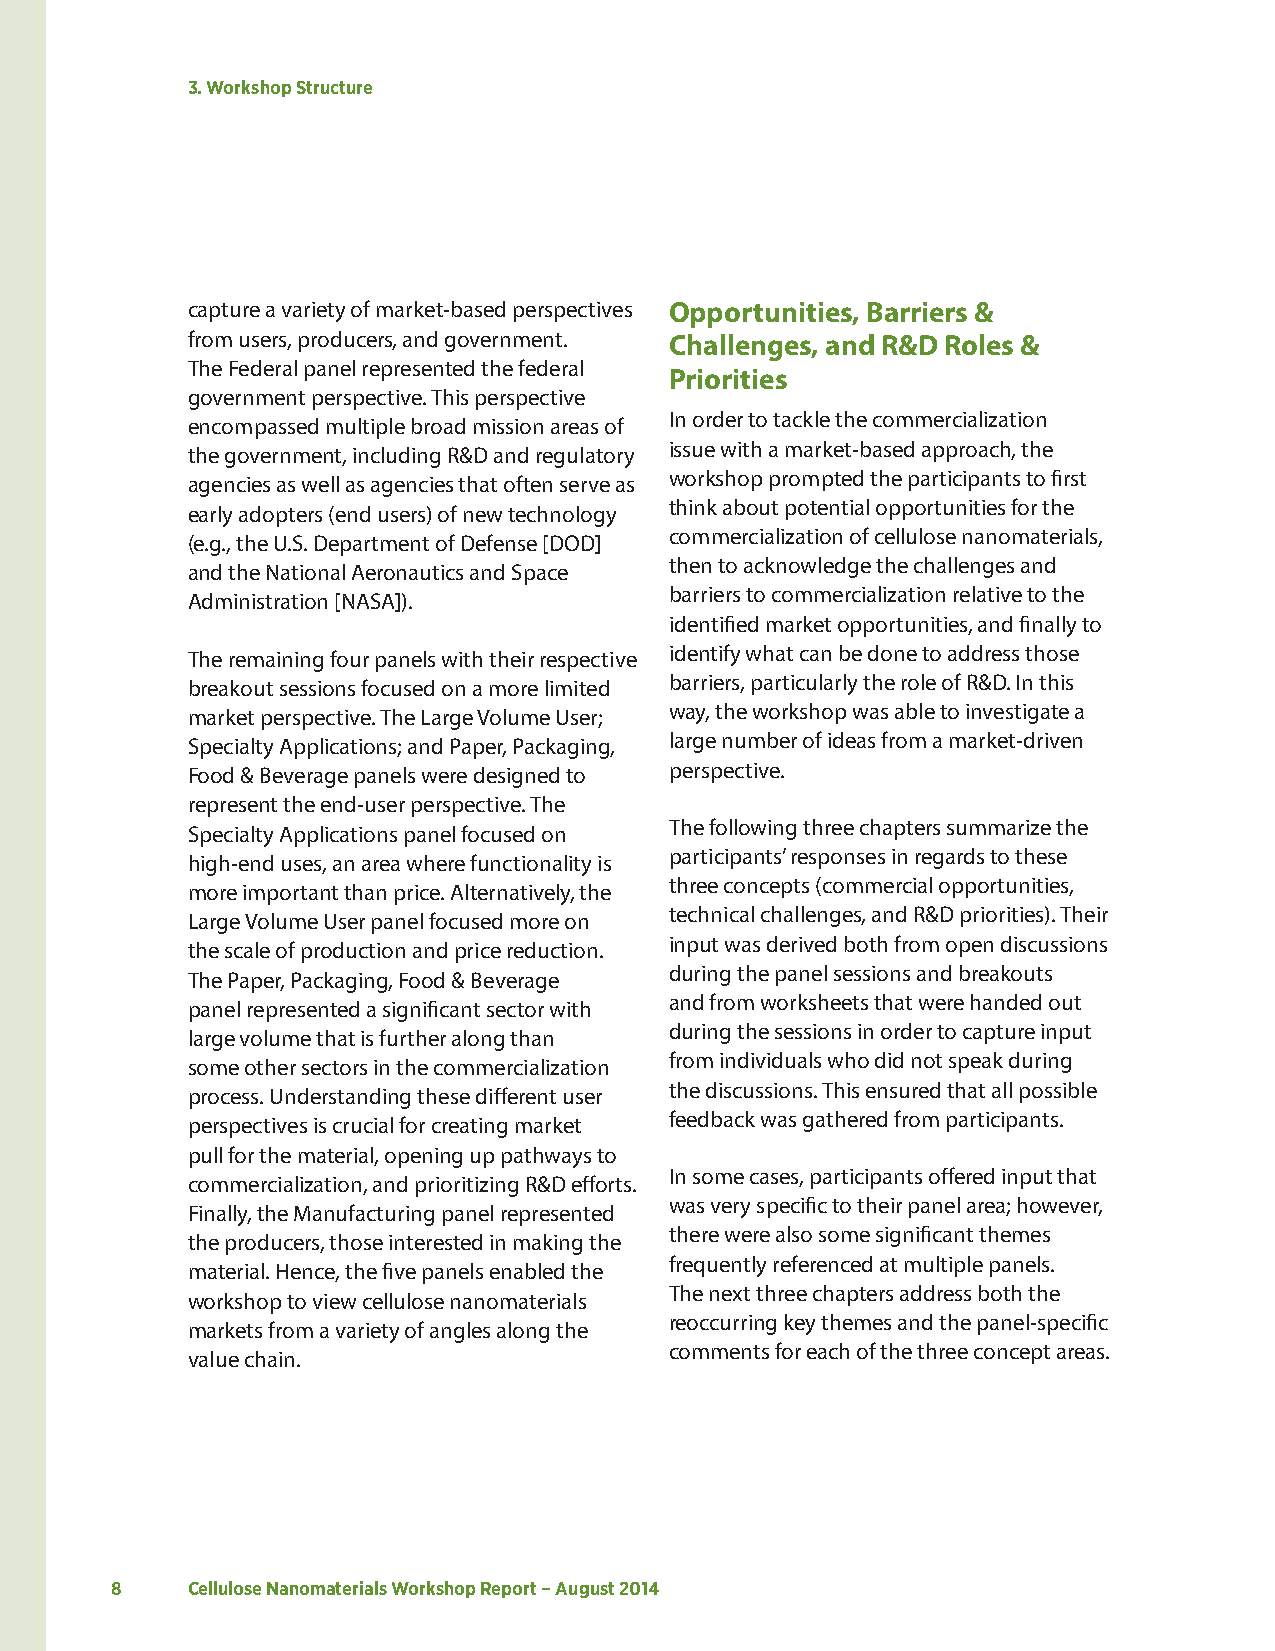
3. Workshop Structure
 capture a variety of market-based perspectives Opportunities, Barriers &
 from users, producers, and government. Challenges, and R&D Roles &
 The Federal panel represented the federal
 Priorities
 government perspective. This perspective
 In order to tackle the commercialization
 encompassed multiple broad mission areas of
 issue with a market-based approach, the
 the government, including R&D and regulatory
 workshop prompted the participants to first
 agencies as well as agencies that often serve as
 think about potential opportunities for the
 early adopters (end users) of new technology
 commercialization of cellulose nanomaterials,
 (e.g., the U.S. Department of Defense [DOD]
 then to acknowledge the challenges and
 and the National Aeronautics and Space
 barriers to commercialization relative to the
 Administration [NASA]).
 identified market opportunities, and finally to
 The remaining four panels with their respective identify what can be done to address those
 breakout sessions focused on a more limited barriers, particularly the role of R&D. In this
 market perspective. The Large Volume User; way, the workshop was able to investigate a
 Specialty Applications; and Paper, Packaging, large number of ideas from a market-driven
 Food & Beverage panels were designed to perspective.
 represent the end-user perspective. The
 The following three chapters summarize the
 Specialty Applications panel focused on
 participants’ responses in regards to these
 high-end uses, an area where functionality is
 three concepts (commercial opportunities,
 more important than price. Alternatively, the
 technical challenges, and R&D priorities). Their
 Large Volume User panel focused more on
 input was derived both from open discussions
 the scale of production and price reduction.
 during the panel sessions and breakouts
 The Paper, Packaging, Food & Beverage
 and from worksheets that were handed out
 panel represented a significant sector with
 during the sessions in order to capture input
 large volume that is further along than
 from individuals who did not speak during
 some other sectors in the commercialization
 the discussions. This ensured that all possible
 process. Understanding these different user
 feedback was gathered from participants.
 perspectives is crucial for creating market
 pull for the material, opening up pathways to
 In some cases, participants offered input that
 commercialization, and prioritizing R&D efforts.
 was very specific to their panel area; however,
 Finally, the Manufacturing panel represented
 there were also some significant themes
 the producers, those interested in making the
 frequently referenced at multiple panels.
 material. Hence, the five panels enabled the
 The next three chapters address both the
 workshop to view cellulose nanomaterials
 reoccurring key themes and the panel-specific
 markets from a variety of angles along the
 comments for each of the three concept areas.
 value chain.
 8    Cellulose Nanomaterials Workshop Report – August 2014